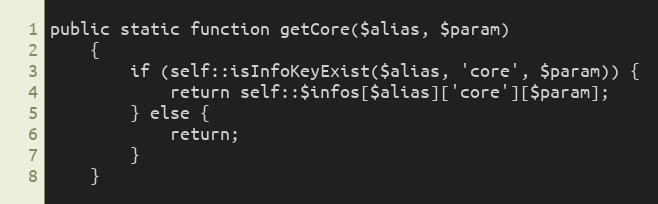
Language: PHP
public static function getCore($alias, $param)
    {
        if (self::isInfoKeyExist($alias, 'core', $param)) {
            return self::$infos[$alias]['core'][$param];
        } else {
            return;
        }
    }